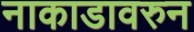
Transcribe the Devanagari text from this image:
नाकाडावरुन